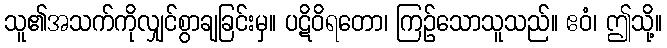
သူ၏အသက်ကိုလျှင်စွာချခြင်းမှ။ ပဋိဝိရတော၊ ကြဉ်သောသူသည်။ ဧဝံ၊ ဤသို့။